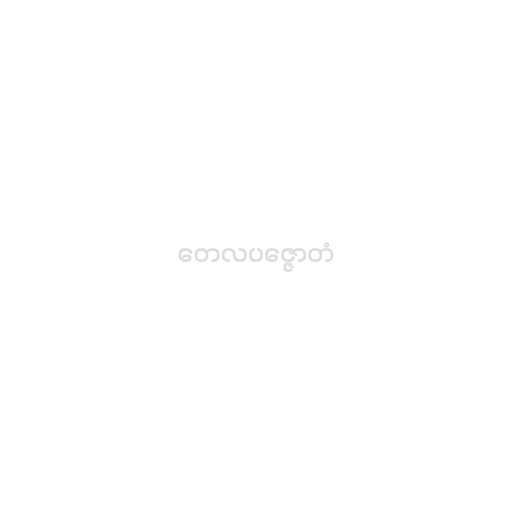
တေလပဇ္ဇောတံ